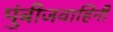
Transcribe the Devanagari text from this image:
पुंबीजवाहिनी